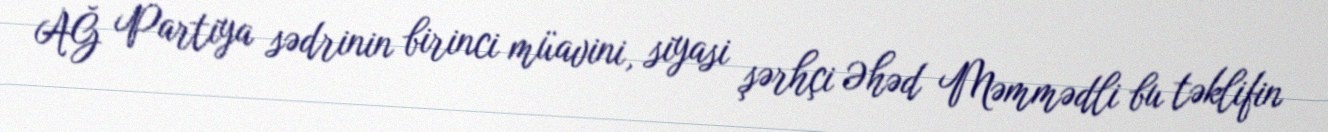
AĞ Partiya sədrinin birinci müavini, siyasi şərhçi Əhəd Məmmədli bu təklifin